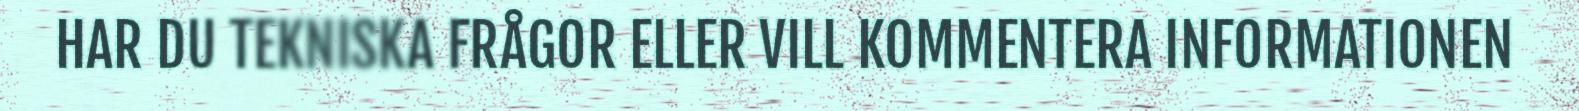
HAR DU TEKNISKA FRÅGOR ELLER VILL KOMMENTERA INFORMATIONEN